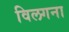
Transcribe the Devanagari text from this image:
विलगना